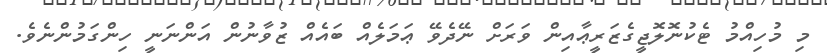
މި މުހިއްމު ޓެކުނޮލޮޖީގެޒަރީޢާއިން ވަރަށް ނޭދެވޭ ޢަމަލެއް ބައެއް ޒުވާނުން އަންނަނީ ހިންގަމުންނެވެ.